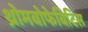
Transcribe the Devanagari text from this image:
थ्रोमबोफेबिटिस